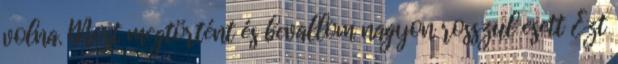
volna. Most megtörtént és bevallom nagyon rosszul esett Ezt